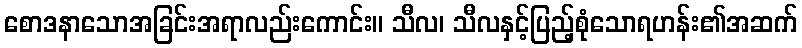
စောဒနာသောအခြင်းအရာလည်းကောင်း။ သီလ၊ သီလနှင့်ပြည့်စုံသောရဟန်း၏အဆက်